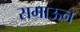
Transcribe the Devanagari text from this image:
समाऊन